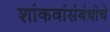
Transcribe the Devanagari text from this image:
शांकवांसंबंधीचे